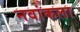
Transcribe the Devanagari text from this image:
नवांकला